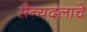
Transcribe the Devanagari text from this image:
सैन्यदलाचे